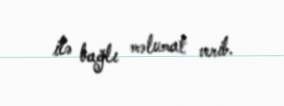
ilə bağlı məlumat verib.